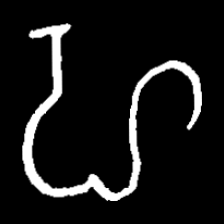
Pyu character \u2014 Myanmar letter: ဟ (romanized: ha)